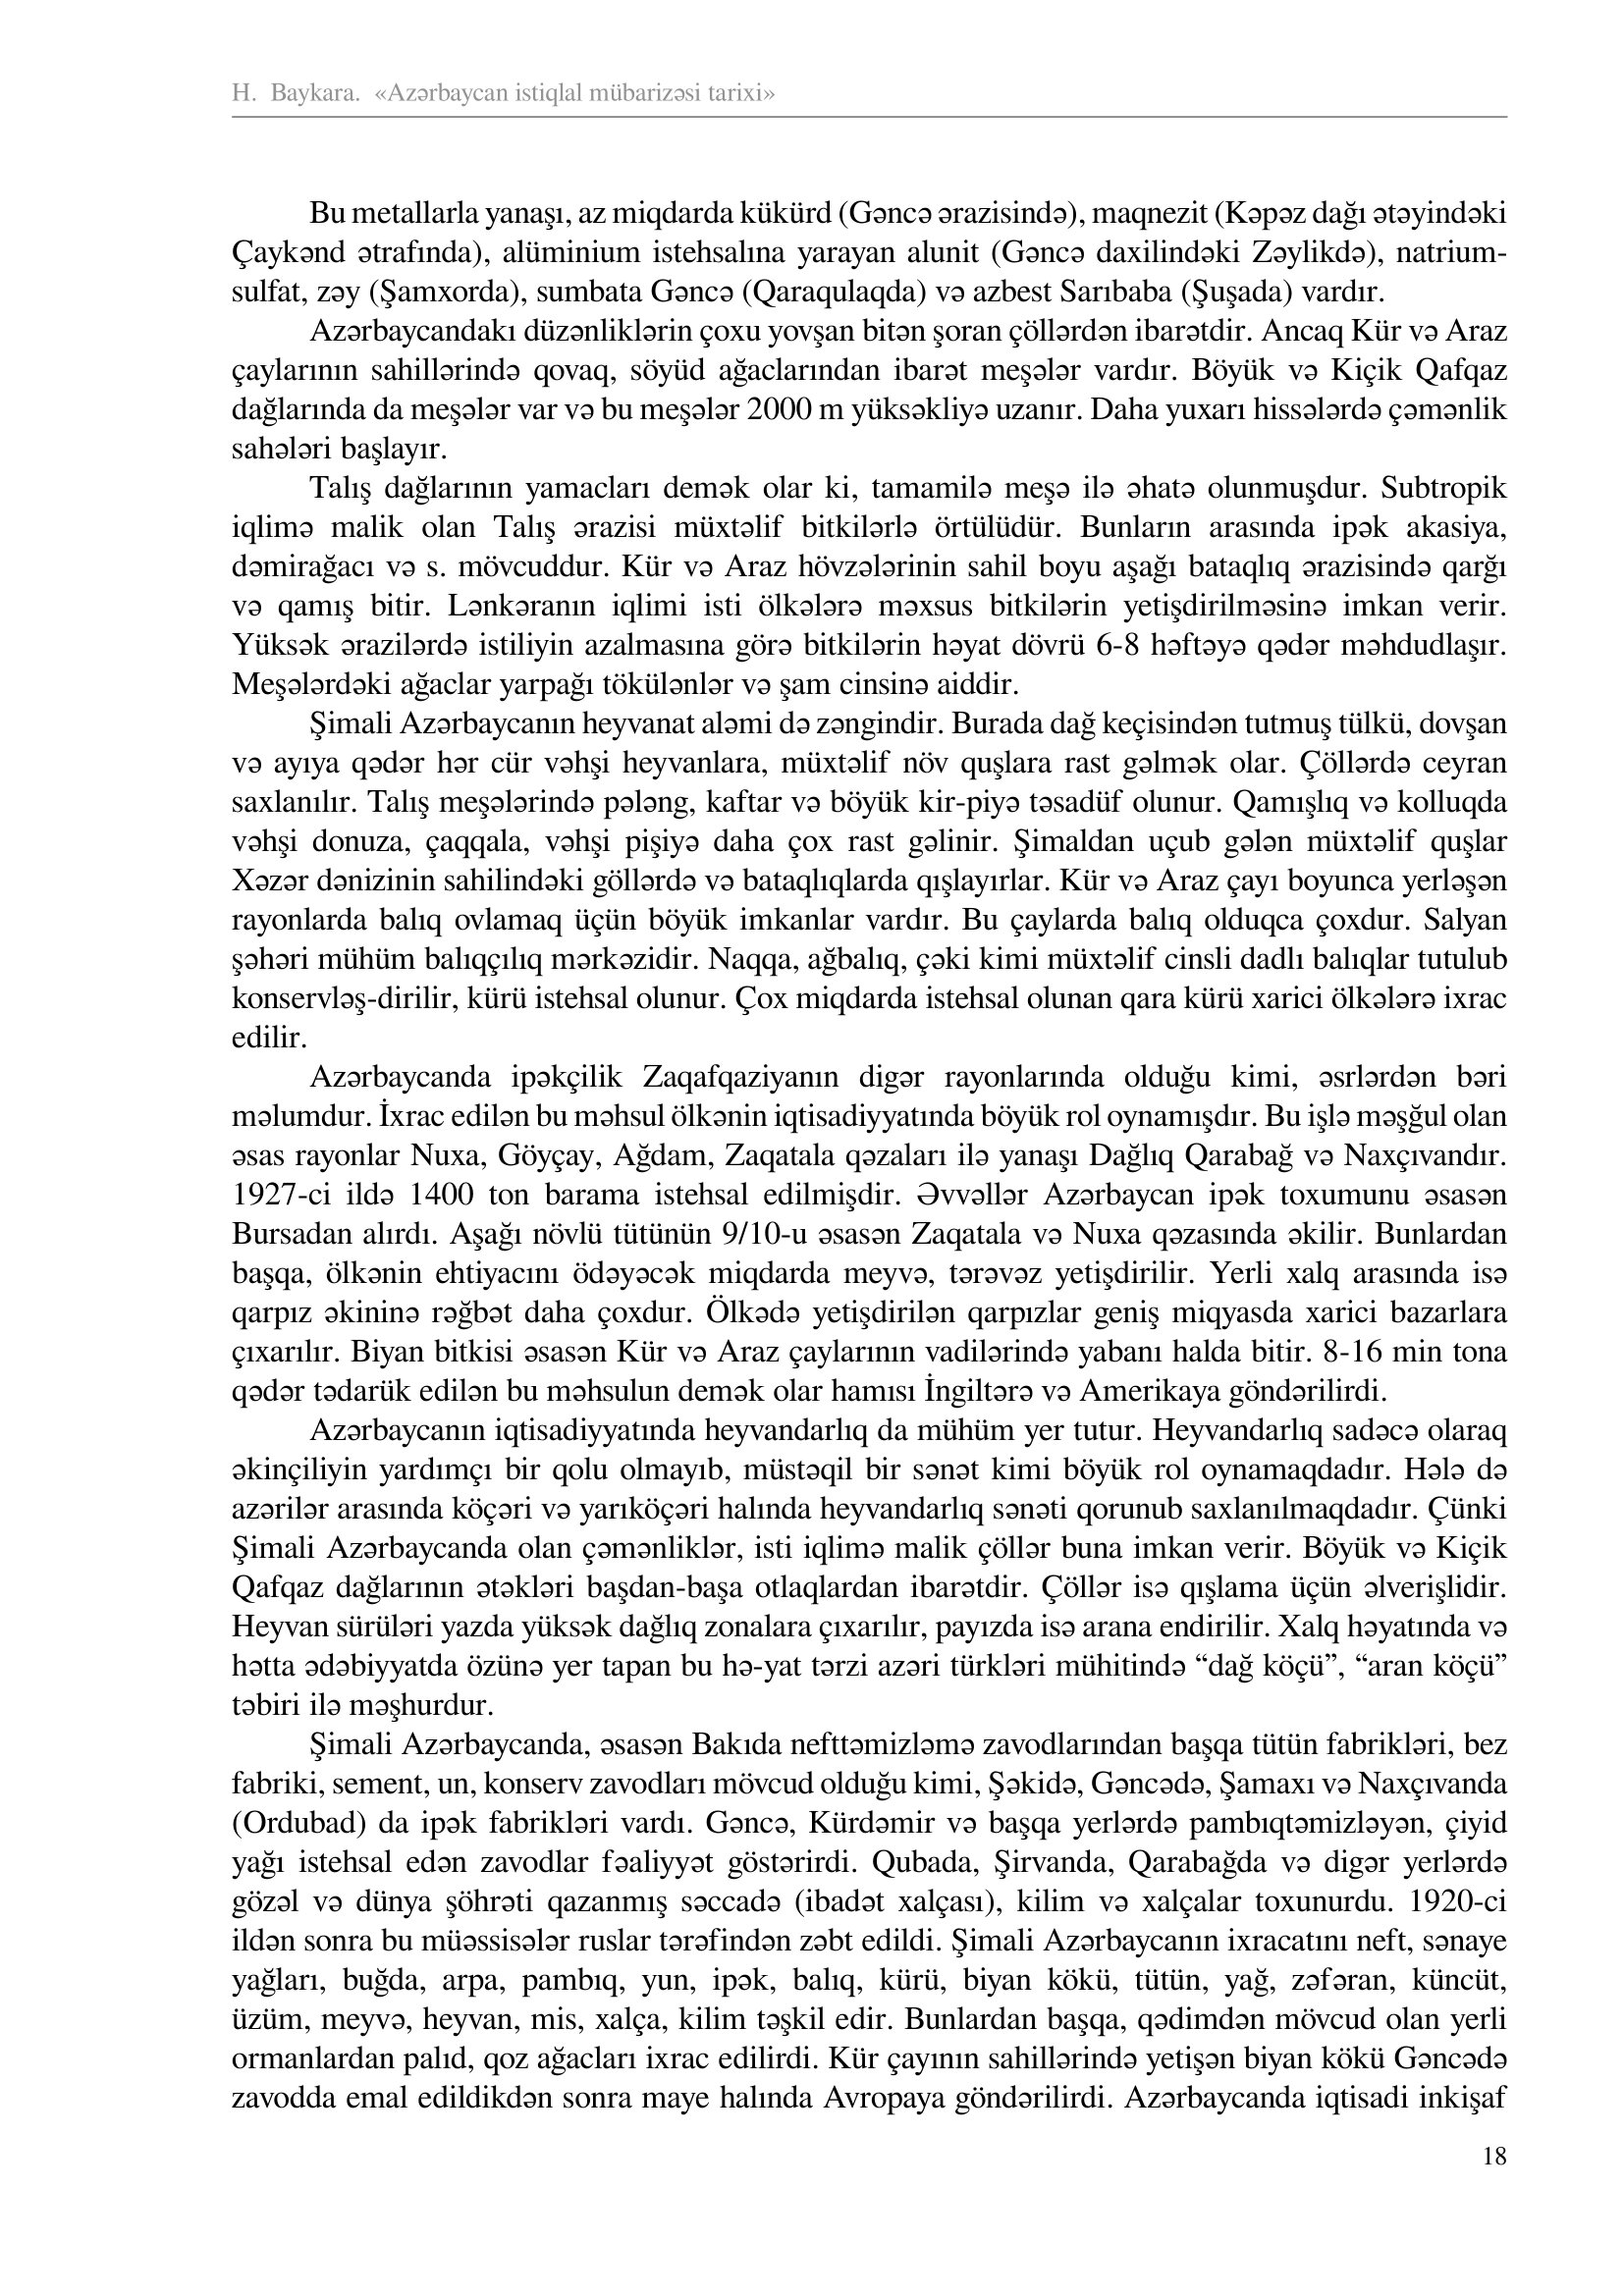
Language: az